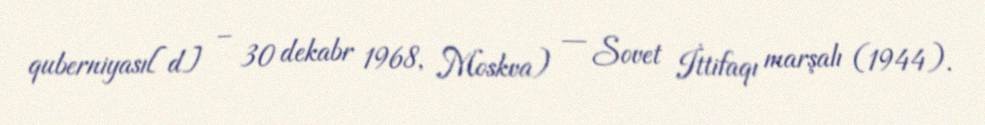
quberniyası[d] – 30 dekabr 1968, Moskva) — Sovet İttifaqı marşalı (1944).